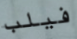
فيلب